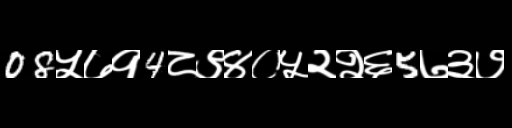
Text: 08५७१4८९४०५२२६5७३७